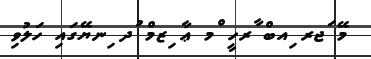
މޭ ަޖރ ިއބް ާރހީ ްމ ޢާ ިޒމް ުދ ިނޔޭގައި ހަލުވި